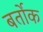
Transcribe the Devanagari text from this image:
बर्तोक